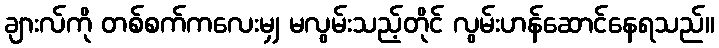
ချားလ်ကို တစ်စက်ကလေးမျှ မလွမ်းသည့်တိုင် လွမ်းဟန်ဆောင်နေရသည်။